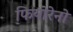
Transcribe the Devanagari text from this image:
फियोरेनो